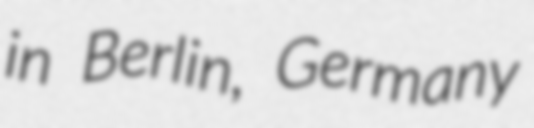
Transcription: in Berlin, Germany